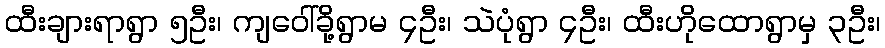
ထီးချားရာရွာ ၅ဦး၊ ကျဝေါ်ခို့ရွာမ ၄ဦး၊ သဲပုံရွာ ၄ဦး၊ ထီးဟိုထောရွာမှ ၃ဦး၊